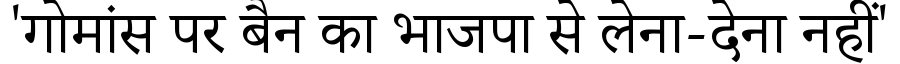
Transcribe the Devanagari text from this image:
'गोमांस पर बैन का भाजपा से लेना-देना नहीं'